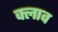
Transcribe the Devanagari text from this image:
क्लाव